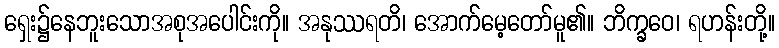
ရှေး၌နေဘူးသောအစုအပေါင်းကို။ အနုဿရတိ၊ အောက်မေ့တော်မူ၏။ ဘိက္ခဝေ၊ ရဟန်းတို့။